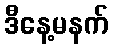
ဒီနေ့မနက်